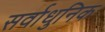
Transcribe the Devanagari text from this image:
सर्वाधुनिक